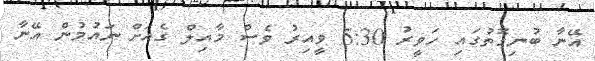
އޭނާ ބުނިގޮތުގައި ހަވީރު 5:30 ވީއިރު ވެސް މާއިލް ގެއަށް ނައުމުން އޭނާ